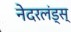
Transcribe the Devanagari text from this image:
नेदरलंड्स्